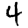
Digit: 4